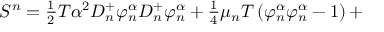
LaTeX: S ^ { n } = \frac { _ 1 } { ^ 2 } T \alpha ^ { 2 } D _ { n } ^ { + } \varphi _ { n } ^ { \alpha } D _ { n } ^ { + } \varphi _ { n } ^ { \alpha } + \frac { _ 1 } { ^ 4 } \mu _ { n } T \left( \varphi _ { n } ^ { \alpha } \varphi _ { n } ^ { \alpha } - 1 \right) +